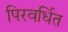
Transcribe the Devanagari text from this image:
पिरवर्धित